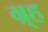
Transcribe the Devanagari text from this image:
ग्र्ह